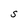
Character: S